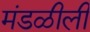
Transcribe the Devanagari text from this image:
मंडळीली